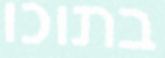
בתוכו